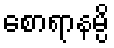
စောရာနမ္ပိ